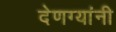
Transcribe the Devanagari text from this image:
देणग्यांनी